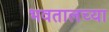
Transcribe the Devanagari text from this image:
भवतालच्या